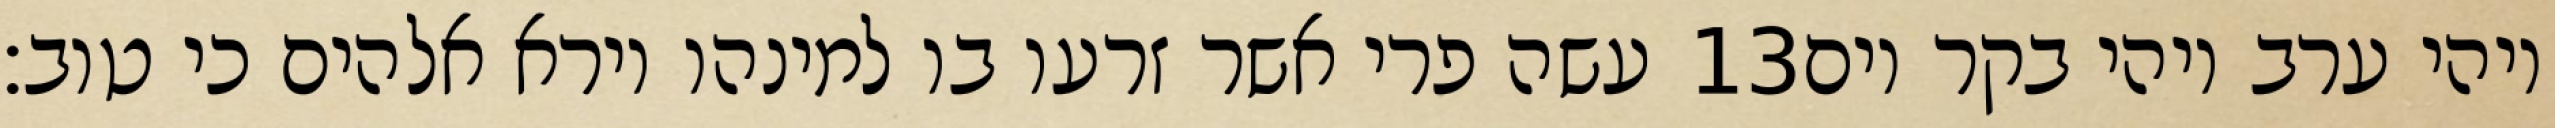
עשה פרי אשר זרעו בו למינהו וירא אלהים כי טוב׃ ‎13‏ ויהי ערב ויהי בקר יום